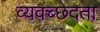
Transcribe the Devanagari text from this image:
व्यवच्छेदता